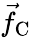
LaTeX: \vec{f}_{\mathrm{C}}